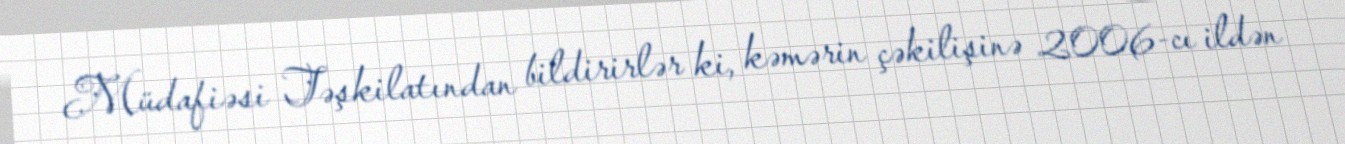
Müdafiəsi Təşkilatından bildirirlər ki, kəmərin çəkilişinə 2006-cı ildən